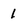
Character: 1